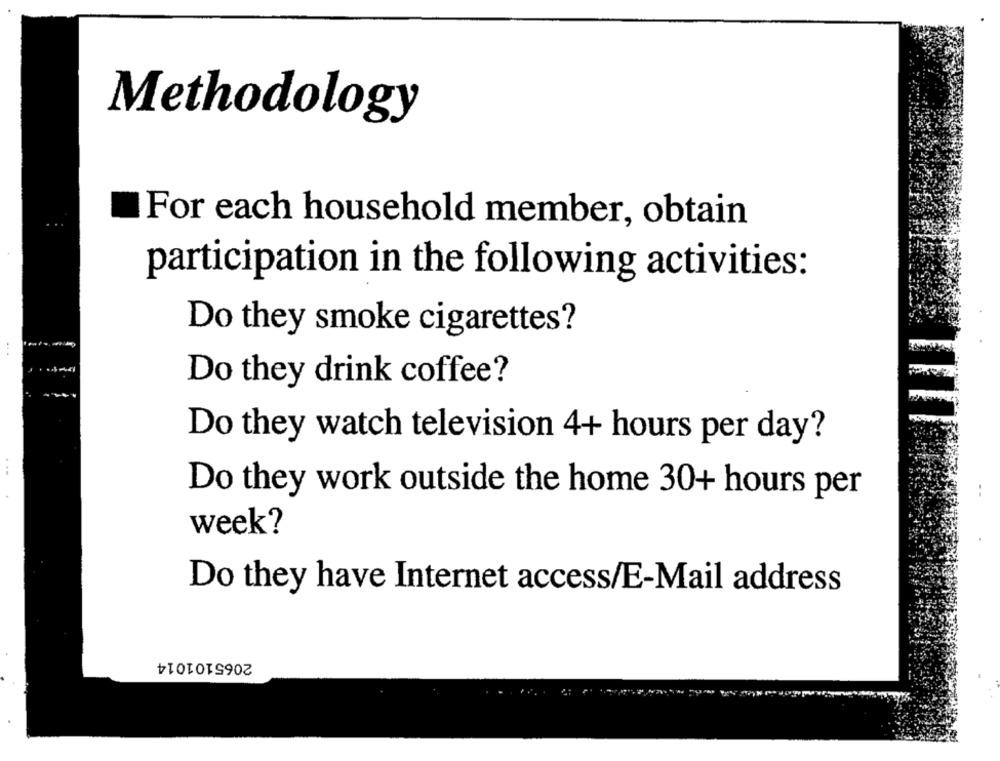
Methodology
For each household member, obtain
participation in the following activities:
Do they smoke cigarettes?
Do they drink coffee?
Do they watch television 4+ hours per day?
Do they work outside the home 30+ hours per
week?
Do they have Internet access/E-Mail address
2065101014